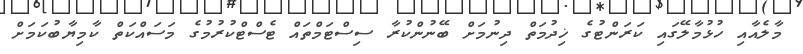
މާލެއާއި ހުޅުމާލޭގައި ކަރަންޓުގެ ޚިދުމަތް ދިނުމަށް ބޭނުންކުރާ ސިސްޓަމްތައް ޓެސްޓްކުރުމުގެ މަސައްކަތް ކާމިޔާބުކަމަށް